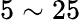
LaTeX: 5\sim 25